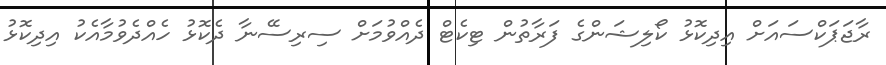
ރާޖަޕަކްސައަށް އިދިކޮޅު ކޯލިޝަންގެ ފަރާތުން ޓިކެޓް ދެއްވުމަށް ސިރިސޭނާ ދެކޮޅު ހެއްދެވުމާއެކު އިދިކޮޅު